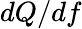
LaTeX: dQ/df